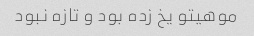
موهیتو یخ زده بود و تازه نبود